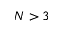
N > 3